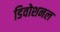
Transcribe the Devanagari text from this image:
डिवोशनल